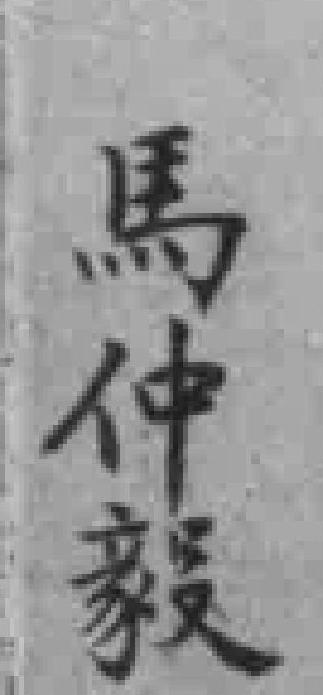
馬仲毅